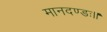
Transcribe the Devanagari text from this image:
मानदण्डः॥